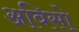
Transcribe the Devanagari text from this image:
अविसो